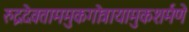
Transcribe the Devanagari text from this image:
रुद्रदेवताममुकगोत्रायामुकशर्मणे